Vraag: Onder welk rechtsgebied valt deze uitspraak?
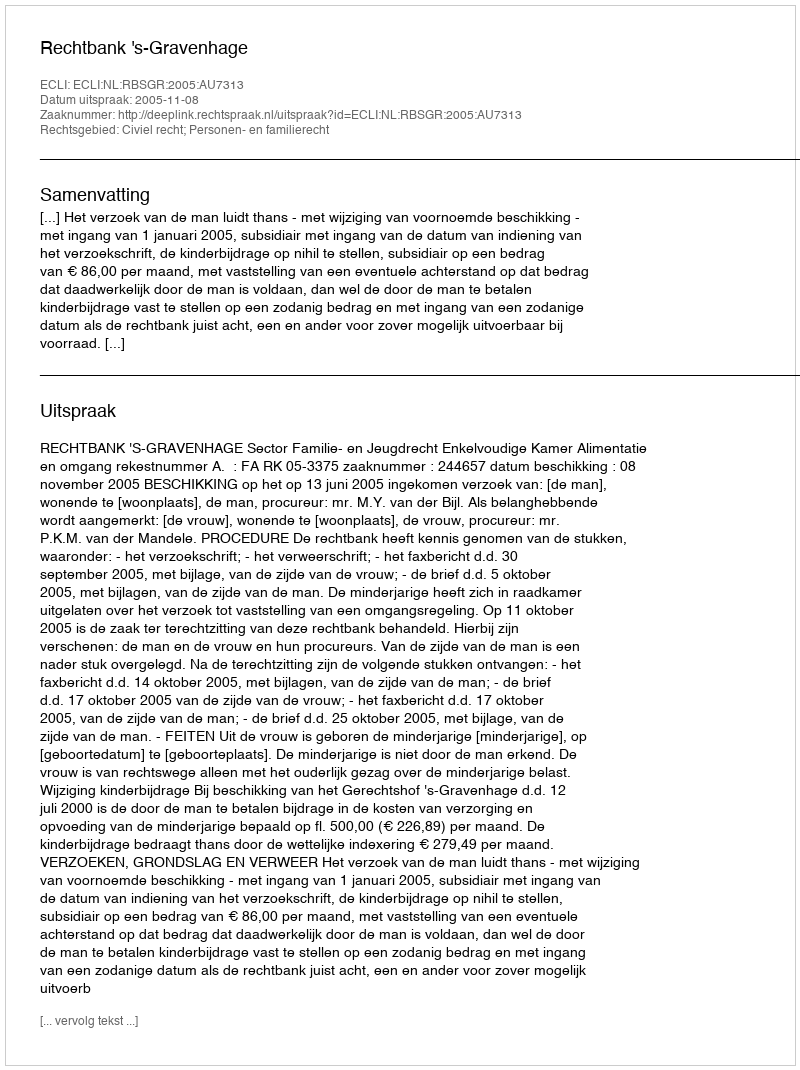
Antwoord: Civiel recht; Personen- en familierecht